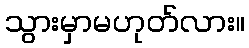
သွားမှာမဟုတ်လား။